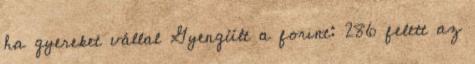
ha gyereket vállal Gyengült a forint: 286 felett az